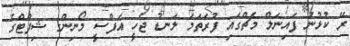
ރޭ ކުޅުނު ފައިނަލް މެޗްގައި ފުރަތަމަ ލަނޑު ޖެހީ އެފްސީ މޯނިންގ ޝިފްޓްގެ